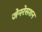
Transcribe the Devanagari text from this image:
जेनरेसशन